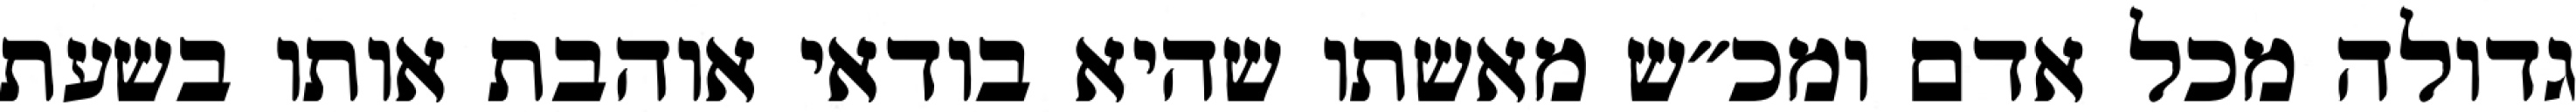
גדולה מכל אדם ומכ״ש מאשתו שהיא בודאי אוהבת אותו בשעת